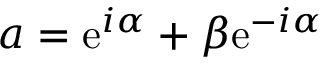
a = \mathrm { e } ^ { i \alpha } + \beta \mathrm { e } ^ { - i \alpha }